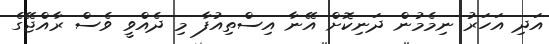
އަދި އަހަރު ނިމެމުން ދަނިކޮށް އޭނާ އިސްތިއުފާ މި ދެއްވީ ވެސް ރާއްޖޭގެ